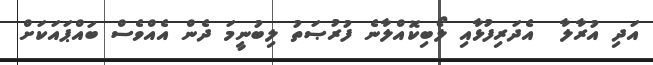
އަދި އުރާލާ  އެދަރިފުޅާއި ލޯބިކޮއްލާނެ ފުރުޞަތު ލިބުނީމަ ދެން އެއްވެސް ބައްޕައަކަށް